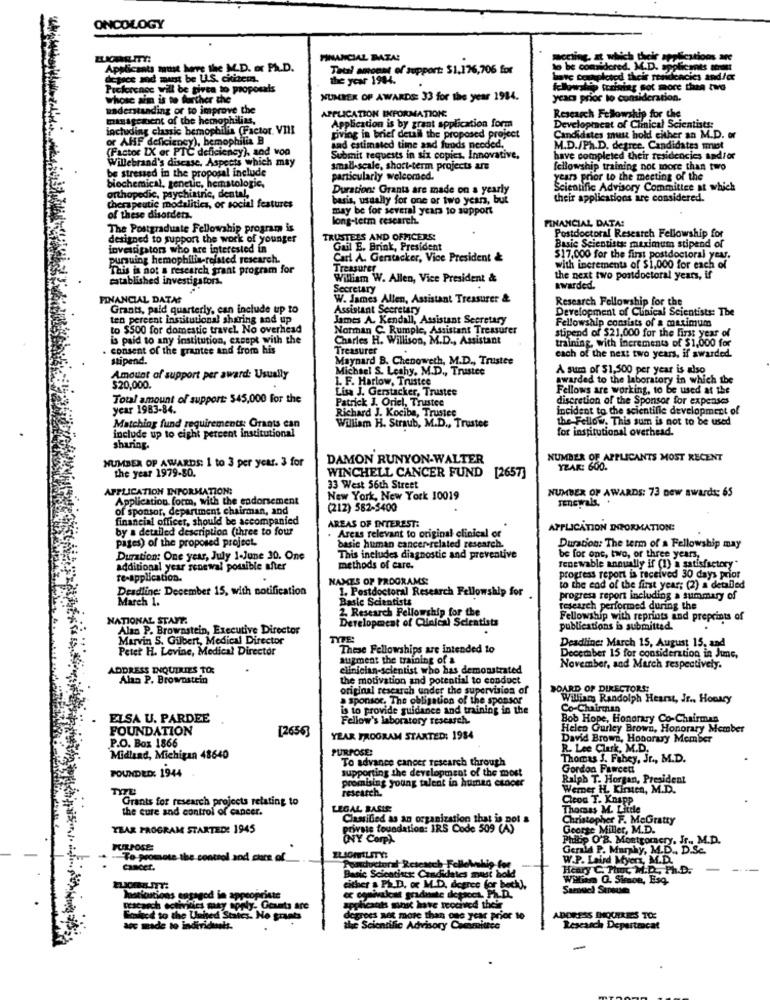
ONCOLOGY
FINANCIAL DATA!
mocling, at which their applications are
Applicants must have the M.D. or Ph.D.
Total amount of support: $1.176,706 for
to be considered. M.D. applicants mondat
degece and minst be LL.S. ckitema,
the year 1984.
have completed their reaufencies and /cx
Preference will be givea to proposals
wrallip turising Got more than two
Whose aim is to further the
NUMBER OF AWARDS: 33 for the year 1984.
year prior to consideration.
understanding or to improve the
APPLICATION INFORMATION:
management of the hemophilias.
Research Fellowship for the
including classic bemophilia (Factor. VIII
Application is by grant application form
Development of Clinical Scientists:
or AHF deficiency), hemophilia B
emophilia B
pving in brief detail the proposed project
Candidates must hold either an M.D. or
(Factor IX er PTC deficiency), and von
and estimated time and foods needed ..
M.D./Ph.D. degree, Candidates must
Willebrand's disease, Aspects which may
Submit requests in six copics, Innovative,
mpleted their residencies andior
be stressed in the proposal include
small-scale, short-term projects are
fellowship training not more than two
biochemical, genetic, hematologic,
particularly welcomed.
years prior to the meeting of the
Duration: Grants are made on a yearly
Scientific Advisory Committee at which
orthopedic, psychiatric, dental,
basis, usually for one or two years, but
their applications are considered.
therapeutic modalities, or social features
may be for several years to support
of these disorders.
long-term research.
FINANCIAL DATA!
The Postgraduate Fellowship program is
Postdoctoral Research Fellowship for
designed to support the work of younger
TRUSTEES AND OFFICERS:
investigators who are interested in
Gail E. Brink, President
Basic Scientists maximum stipend of
pursuing hemophilia-related research.
Carl A. Gerstacker, Vice President &
$17,000 for the first postdoctoral your.
This is not a research grant program for
Treasurer
with increments of $1,000 for each of
established investigators.
William W. Allen, Vice President &
the next two postdoctoral years, if
Secretary
awarded.
FINANCIAL DATA?
W. James Allen, Assistant Treasurer &
Research Fellowship for the
Grants, paid quarterly, can include up to
Assistant Secretary
Development of Clinical Scientists: The
ten percent institutional sharing and up
James A. Kendall, Assistant Secretary
to $500 for domestic travel. No overhead
Norman C. Rumple, Assistant Treasurer
Fellowship consists of a maximum
is paid to any institution, except with the
Charles H. Willison, M.D ., Assistant
stipend of $21,000 for the first year of
training, with increments of $1,000 for
. consent of the grantee and from his
Treasurer
stipend.
Maynard B. Chenoweth, M.D ., Trustee
cach of the next two years, if awarded.
Michael S. Leahy, M.D ., Tristee
A sum of $1,500 per year is also
Amount of support per award: Usually
L. F. Harlow, Trustee
awarded to the laboratory in which the
$20,000.
Lisa J. Gerstacker, Trustee
Fellows are working, to be used at the
Total amount of support: $45,000 for the
Patrick J. Oriel, Trustee
discretion of the Sponsor for expenses
year 1983-84.
Richard J. Kocibe, Trustee
incident to the scientific development of
William H. Straub, M.D ., Trustee
the Fellow. This sum is not to be used
Matching fund requirements: Grants can
for institutional overhead.
include up to eight percent institutional
sharing.
NUMBER OF AWARDS: 1 to 3 per year. 3 for
DAMON RUNYON-WALTER
NUMBER OF APPLICANTS MOST RECENT
the year 1979-80.
YEAR: 600.
WINCHELL CANCER FUND [2657]
APPLICATION INFORMATION;
33 West 56th Street
NUMBER OF AWARDS: 73 Dew awards: 65
Application form, with the endorsement
New York, New York 10019
renewals.
of sponsor, department chairman, and
(212) 582-5400
financial officer, should be accompanied
by a detailed description (three to four
AREAS OF INTEREST:
. Areas relevant to original clinical or
APPLICATION INFORMATION:
pages) of the proposed project.
basic human cancer-related research.
Duration: The term of a Fellowship may
Duration: One year, July 1-June 30. One
This includes diagnostic and preventive
be for one, two, or three years,
additional year renewal possible after
methods of care.
renewable annually if (1) a satisfactory"
te-application.
NAMES OF PROGRAMS:
progress report is received 30 days prior
Deadline: December 15, with notification
1. Postdoctoral Research Fellowship for
to the end of the first year; (2) a detailed
March 1.
Baste Scientists
progress report including a summary of
2. Research Fellowship for the
research performed during the
NATIONAL STANT.
Development of Clinical Scientists
Fellowship with reprints and preprints of
Alan P. Brownstein, Executive Director
publications is submitted.
Marvin 5. Gilbert, Medical Director
TYPE:
Deadline: March 15, August 15, and
Peter H. Levine, Medical Director
These Fellowships are intended to
augment the training of a
December 15 for consideration in Jime,
ADDRESS INQUIRIES TO:
clinician-scientist who has demonstrated
November, and March respectively.
Ala P. Brownstein
the motivation and potential to conduct
original research under the supervision of
BOARD OF DIRECTORS:
a sponsor, The obligation of the sponsor
William Randolph Hearst, Jr .. Honary
is to provide guidance and training in the
Co-Chairman
ELSA U. PARDEE
Fellow's laboratory research.
Bob Hope, Honorary Co-Chairman
FOUNDATION
[2656]
Helen Gurley Brown, Honorary Member
.P.O. Box 1866
YEAR PROGRAM STARTED: 1984
David Brown, Honorary Member
PURPOSE:
R. Lee Cluk, M.D.
Midland, Michigan 48640
To advance cancer research through
Thomas J. Fahey, Jr ., M.D.
FOUNDED: 1944
Gordon
supporting the development of the most
ising young talent in human cancer
Ralph T. Horgan, President
TITEL
research.
Werner H. Kirsten, M.D.
Grants for research projects relating to
Cleoa T. Knapp
the cure and control of cancer.
LEGAL BASIS
Thomas M. Little
Classified as an organization that is pol &
Christopher F. MeGratty
YEAR PROGRAM STARTED: 1945
private foundation: IRS Code 509 (A)
George Miller, M.D.
ONY Corp)
Philip O'8. Montgomery, Jr ., M.D.
PULPOSE
Gerald P. Murphy, M.D ., D.Sc.
-To promote the control and cons of
W.P. Laird Myers, M.D.
Cancer.
adoctoral
Henry C. Phoc M.D ., Ph.D.
Basie Scientists: Candidates must bold
Willen Q. Simon, Esq.
either a PHD, or M.D. degree for
Institutions engagod in appropriste
o comivelcat graduate dopaces, Ph.D.
Descasch sotiriles
tivities may apply. Gcants are
applicants minst have received their
shod to the Unhed Staicz. Ho grants
degrees aeg more than one year prior to
ADORESS INOCHREES TOS
afc made to indiricents.
the Scientific Advisory Committee
Research Depertrocat